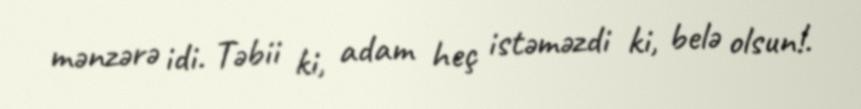
mənzərə idi. Təbii ki, adam heç istəməzdi ki, belə olsun!.